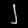
Digit: ၂